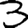
Digit: 3